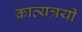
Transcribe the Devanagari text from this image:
काव्यत्रयी